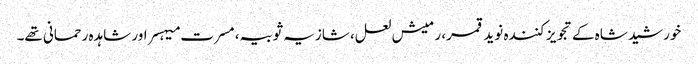
خورشید شاہ کے تجویز کنندہ نوید قمر، رمیش لعل، شازیہ ثوبیہ، مسرت میہسر اور شاہدہ رحمانی تھے۔